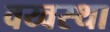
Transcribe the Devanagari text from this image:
वय्वस्था